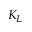
K _ { L }